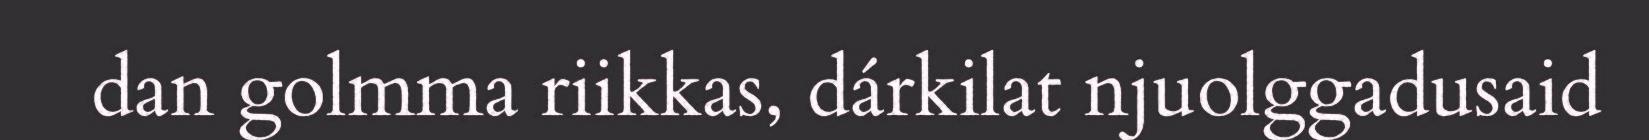
dan golmma riikkas, dárkilat njuolggadusaid